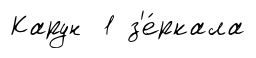
Карун 1 з'е́ркала